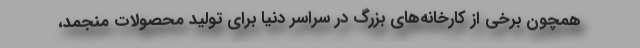
همچون برخی از کارخانه‌های بزرگ در سراسر دنیا برای تولید محصولات منجمد،